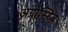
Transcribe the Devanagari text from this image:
अग्रोस्य्बि